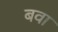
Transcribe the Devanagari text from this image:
बवा